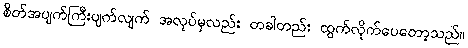
စိတ်အပျက်ကြီးပျက်လျက် အလုပ်မှလည်း တခါတည်း ထွက်လိုက်ပေတော့သည်။